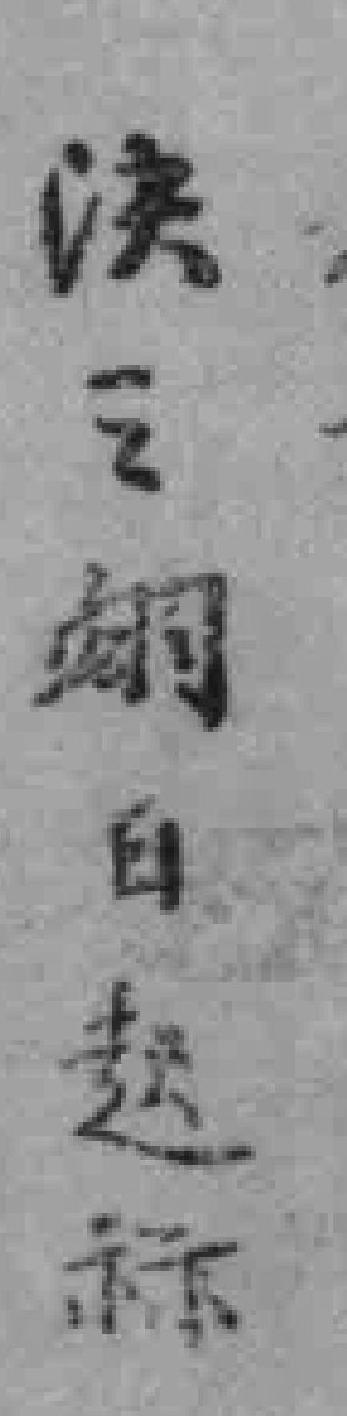
决之*日起祘